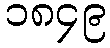
၁၈၄၉